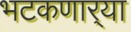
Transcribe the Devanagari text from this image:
भटकणार्‍या